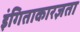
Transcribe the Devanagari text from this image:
इंगिताकारज्ञता